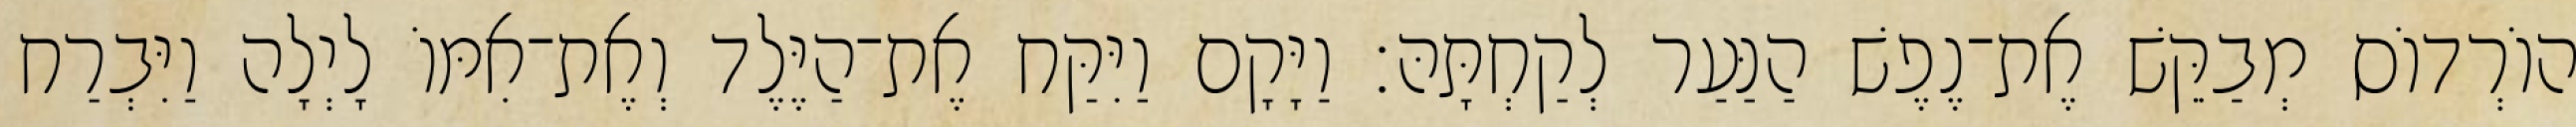
הוֹרְדוֹס מְבַקֵּשׁ אֶת־נֶפֶשׁ הַנַּעַר לְקַחְתָּהּ׃ וַיָּקָם וַיִּקַּח אֶת־הַיֶּלֶד וְאֶת־אִמּוֹ לָיְלָה וַיִּבְרַח